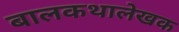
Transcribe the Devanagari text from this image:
बालकथालेखक